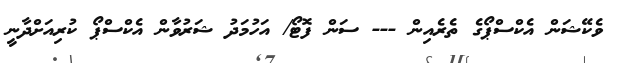
ވެކޭޝަން އެކްސްޕޯގެ ތެރެއިން --- ސަން ފޮޓޯ/ އަހުމަދު ޝަރުވާން އެކްސްޕޯ ކުރިއަށްދާނީ